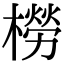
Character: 橯